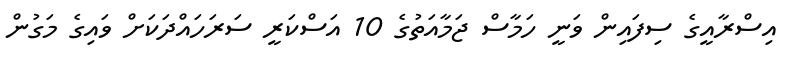
އިސްރާއީގެ ސިފައިން ވަނީ ހަމާސް ޖަމާއަތުގެ 10 އަސްކަރީ ސަރަހައްދަކަަށް ވައިގެ މަގުން